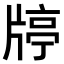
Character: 𤗞